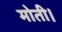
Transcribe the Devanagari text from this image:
मोती।